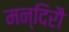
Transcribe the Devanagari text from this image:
मन्दिरौ